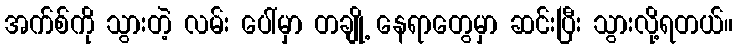
အက်စ်ကို သွားတဲ့ လမ်း ပေါ်မှာ တချို့ နေရာတွေမှာ ဆင်းပြီး သွားလို့ရတယ်။